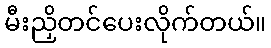
မီးညှိတင်ပေးလိုက်တယ်။